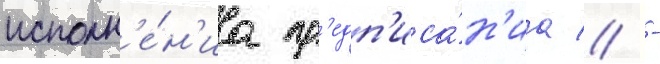
исполн'е́н'иа пр'едп'иса́н'иа // -